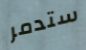
ستدمر